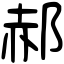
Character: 郝